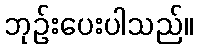
ဘုဉ်းပေးပါသည်။